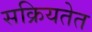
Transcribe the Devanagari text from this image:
सक्रियतेत